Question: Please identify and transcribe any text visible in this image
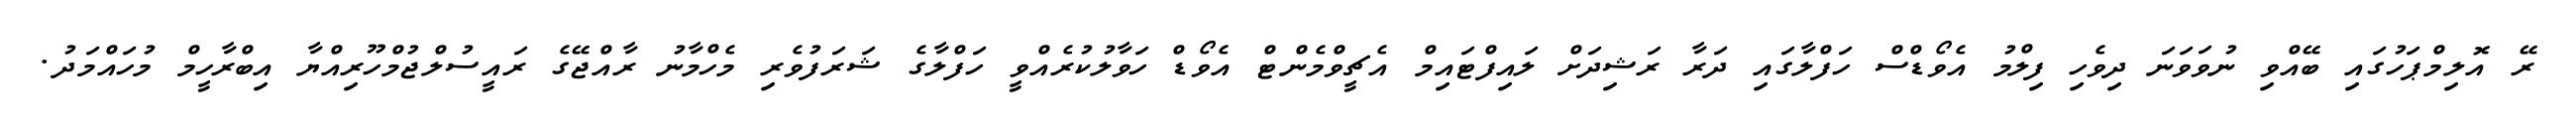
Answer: ރޭ އޮލިމްޕަހުގައި ބޭއްވި ނުވަވަނަ ދިވެހި ފިލްމު އެވޯޑްސް ހަފްލާގައި ދަރާ ރަޝިދަށް ލައިފްޓައިމް އެޗީވްމެންޓް އެވޯޑް ހަވާލުކުރެއްވީ ހަފްލާގެ ޝަރަފުވެރި މެހްމާނު ރާއްޖޭގެ ރައީސުލްޖުމްހޫރިއްޔާ އިބްރާހީމް މުހައްމަދު.